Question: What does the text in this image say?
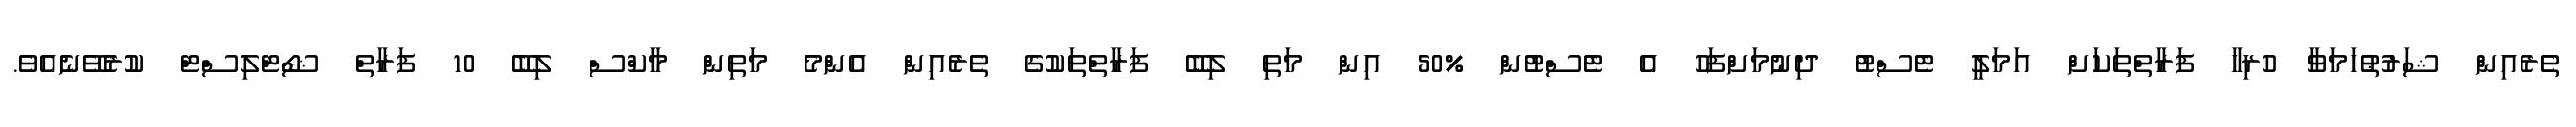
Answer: ތެރެއިން ޝަރުޠުހަމަވާ ހުރިހާ ފަރާތްތަކަށް އަމަލީ ޓެސްޓު ދިނުމަށްފަހު އެ ޓެސްޓުން %50 އިން މަތި ލިބޭ ފަރާތްތަކުގެ ތެރެއިން އެންމެ މަތިން މާކްސް ލިބޭ 10 ފަރާތް ޝޯޓްލިސްޓް ކުރެވޭނެއެވެ.